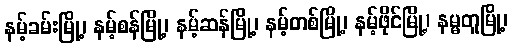
နမ့်ခမ်းမြို့၊ နမ့်စန်မြို့၊ နမ့်ဆန်မြို့၊ နမ့်တစ်မြို့၊ နမ့်ဖိုင်မြို့၊ နမ္မတူမြို့၊